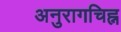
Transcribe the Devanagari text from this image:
अनुरागचिह्न